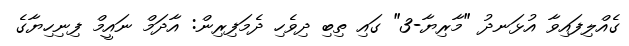
ގެއްލިފައިވާ އުޅަނދު "މާރިޔާ-3" ގައި ތިބި ދިވެހި ދެމަފިރިން: އާދަމް ނައީމް ފިނިހިޔާގެ